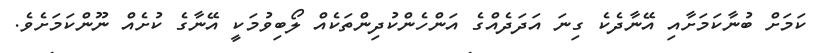
ކަމަށް ބުނާކަމަށާއި އޭނާދެކެ ގިނަ އަދަދެއްގެ އަންހެންކުދިންތަކެއް ލޯބިވުމަކީ އޭނާގެ ކުށެއް ނޫންކަމަށެވެ.